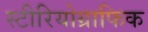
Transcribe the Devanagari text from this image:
स्टीरियोग्राफिक